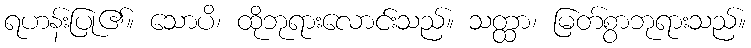
ရဟန်းပြု၏။ သောပိ၊ ထိုဘုရားလောင်းသည်။ သတ္ထာ၊ မြတ်စွာဘုရားသည်။